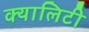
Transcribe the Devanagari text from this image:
क्यालिटी